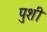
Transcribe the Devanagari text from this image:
पुशी